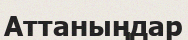
Аттаныңдар